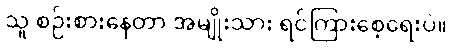
သူ စဉ်းစားနေတာ အမျိုးသား ရင်ကြားစေ့ရေးပဲ။